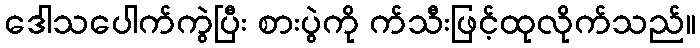
ဒေါသပေါက်ကွဲပြီး စားပွဲကို က်သီးဖြင့်ထုလိုက်သည်။